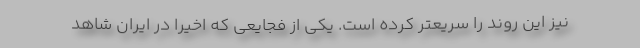
نیز این روند را سریعتر کرده است. یکی از فجایعی که اخیرا در ایران شاهد